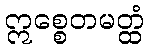
ဣစ္စေတမတ္ထံ